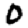
Digit: 0